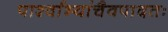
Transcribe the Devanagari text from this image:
पार्श्वाभ्यांचैवपादतः